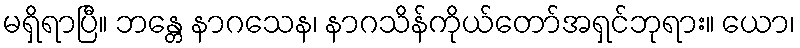
မရှိရာပြီ။ ဘန္တေ နာဂသေန၊ နာဂသိန်ကိုယ်တော်အရှင်ဘုရား။ ယော၊